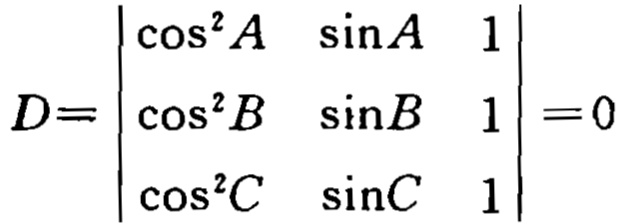
\[

D =

\begin{vmatrix}

\cos^{2}A & \sin A & 1 \\

\cos^{2}B & \sin B & 1 \\

\cos^{2}C & \sin C & 1

\end{vmatrix}

= 0

\]